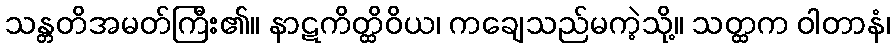
သန္တတိအမတ်ကြီး၏။ နာဋကိတ္ထိဝိယ၊ ကချေသည်မကဲ့သို့။ သတ္ထက ဝါတာနံ၊